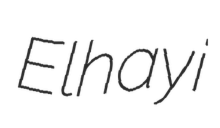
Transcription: Elhayi